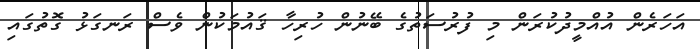
އަހަރެން އުއްމީދުކުރަން މި ފުރުސަތުގެ ބޭނުން ހުރިހާ ޤައުމަކުން ވެސް ރަނގަޅު ގޮތުގައި